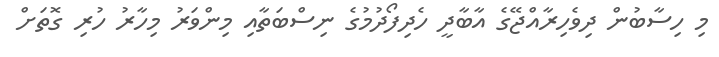
މި ހިސާބުން ދިވެހިރާއްޖޭގެ އާބާދީ ހެދިފޯދުމުގެ ނިސްބަތާއި މިންވަރު މިހާރު ހުރި ގޮތަށް